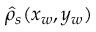
\hat { \rho } _ { s } ( x _ { w } , y _ { w } )